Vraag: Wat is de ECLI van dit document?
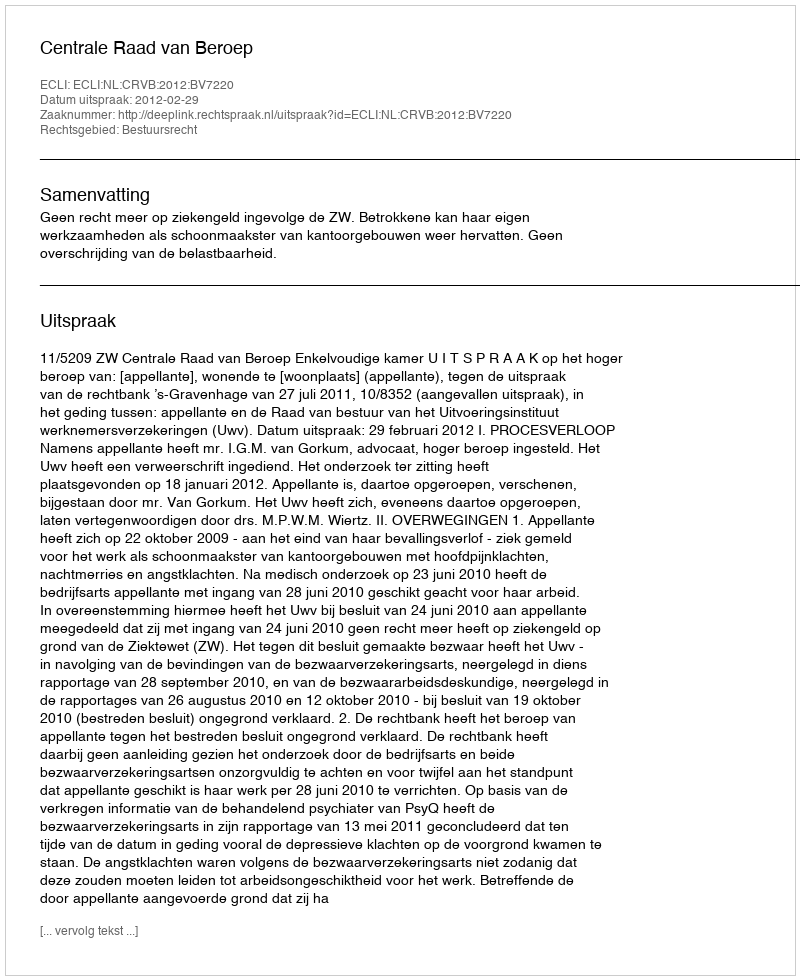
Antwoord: ECLI:NL:CRVB:2012:BV7220